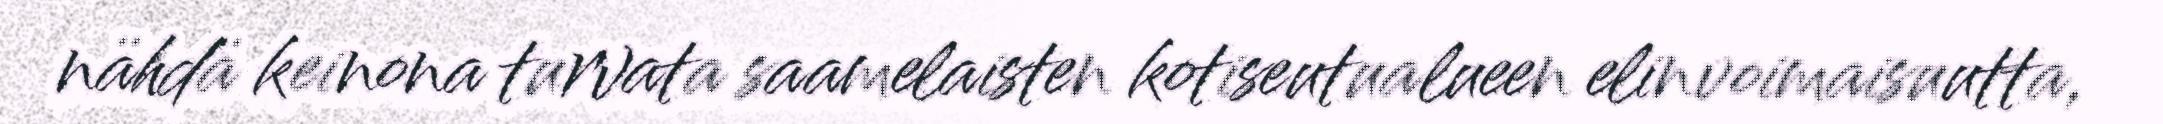
nähdä keinona turvata saamelaisten kotiseutualueen elinvoimaisuutta,